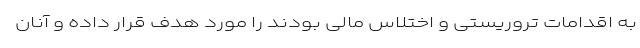
به اقدامات تروریستی و اختلاس مالی بودند را مورد هدف قرار داده و آنان